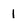
Character: 1